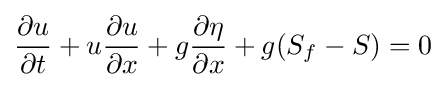
{\partial u \over {\partial t}}+u{\partial u \over {\partial x}}+g{\partial \eta  \over {\partial x}}+g(S_{f}-S)=0